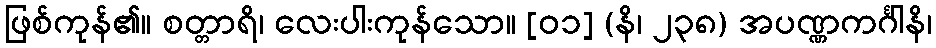
ဖြစ်ကုန်၏။ စတ္တာရိ၊ လေးပါးကုန်သော။ [၀၁] (နိ၊ ၂၃၈) အပဏ္ဏကင်္ဂါနိ၊